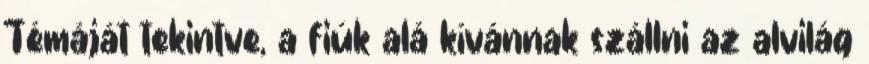
Témáját tekintve, a fiúk alá kívánnak szállni az alvilág